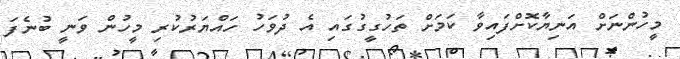
މީހުންނަށް އަނިޔާކޮށްފައިވާ ކަމަށް ތަހުގީގުގައި އެ ދުވަހު ހައްޔަރުކުރި މީހުން ވަނީ ބުނެފަ